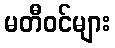
မတီဝင်များ